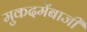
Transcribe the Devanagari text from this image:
मुकदमेंबाजी